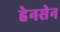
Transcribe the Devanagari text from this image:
हेनसेन